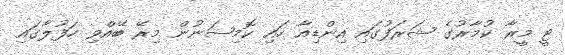
ޓީ މީރާ ކުމާރުގެ ޝަރަފުގައި އިންޑިއާ ހައި ކޮމިޝަނުން މިރޭ ބޭއްވި ހަފުލާގައި